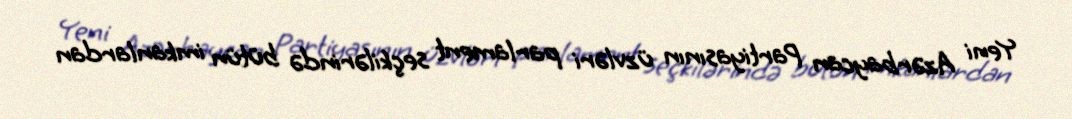
Yeni Azərbaycan Partiyasının üzvləri parlament seçkilərində bütün imkanlardan